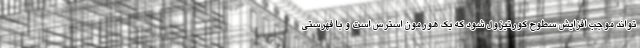
تواند موجب افزایش سطوح کورتیزول شود که یک هورمون استرس است و با فهرستی